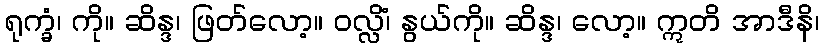
ရုက္ခံ၊ ကို။ ဆိန္ဒ၊ ဖြတ်လော့။ ဝလ္လိံ၊ နွယ်ကို။ ဆိန္ဒ၊ လော့။ ဣတိ အာဒီနိ၊